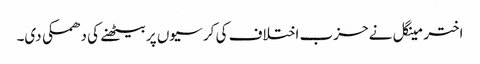
اختر مینگل نے حزب اختلاف کی کر سیوں پر بیٹھنے کی دھمکی دی۔